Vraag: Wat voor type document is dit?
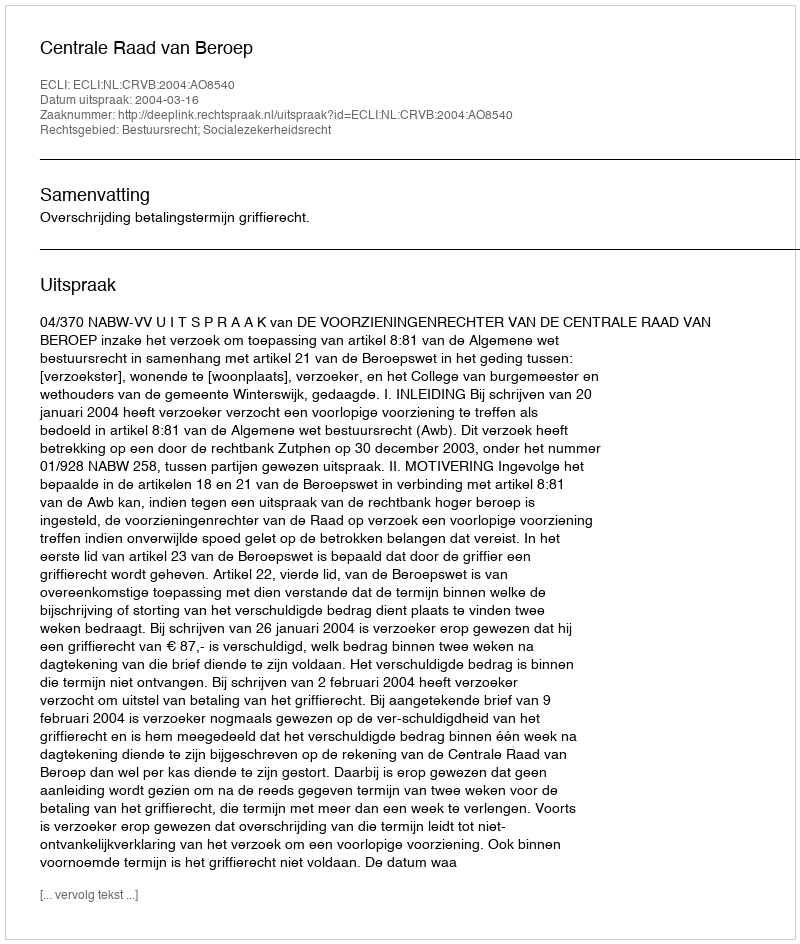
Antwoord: Uitspraak